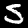
Digit: 5